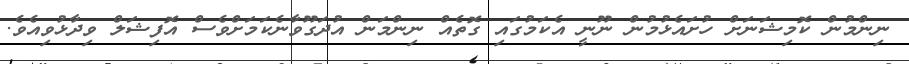
ނިންމުން ކޮމިޝަނަށް ހުށައެޅުމުން ނޫނީ އެކަމުގައި ގޮތެއް ނިންމަން އުދަގޫވާނެކަމަށްވެސް އޮފިޝަލް ވިދާޅުވިއެވެ.